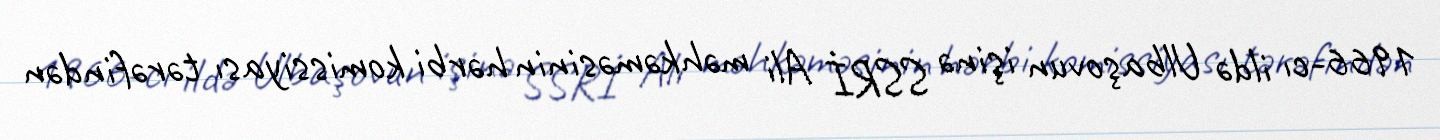
1966-cı ildə Ulbaşovun işinə SSRİ Ali məhkəməsinin hərbi komissiyası tərəfindən